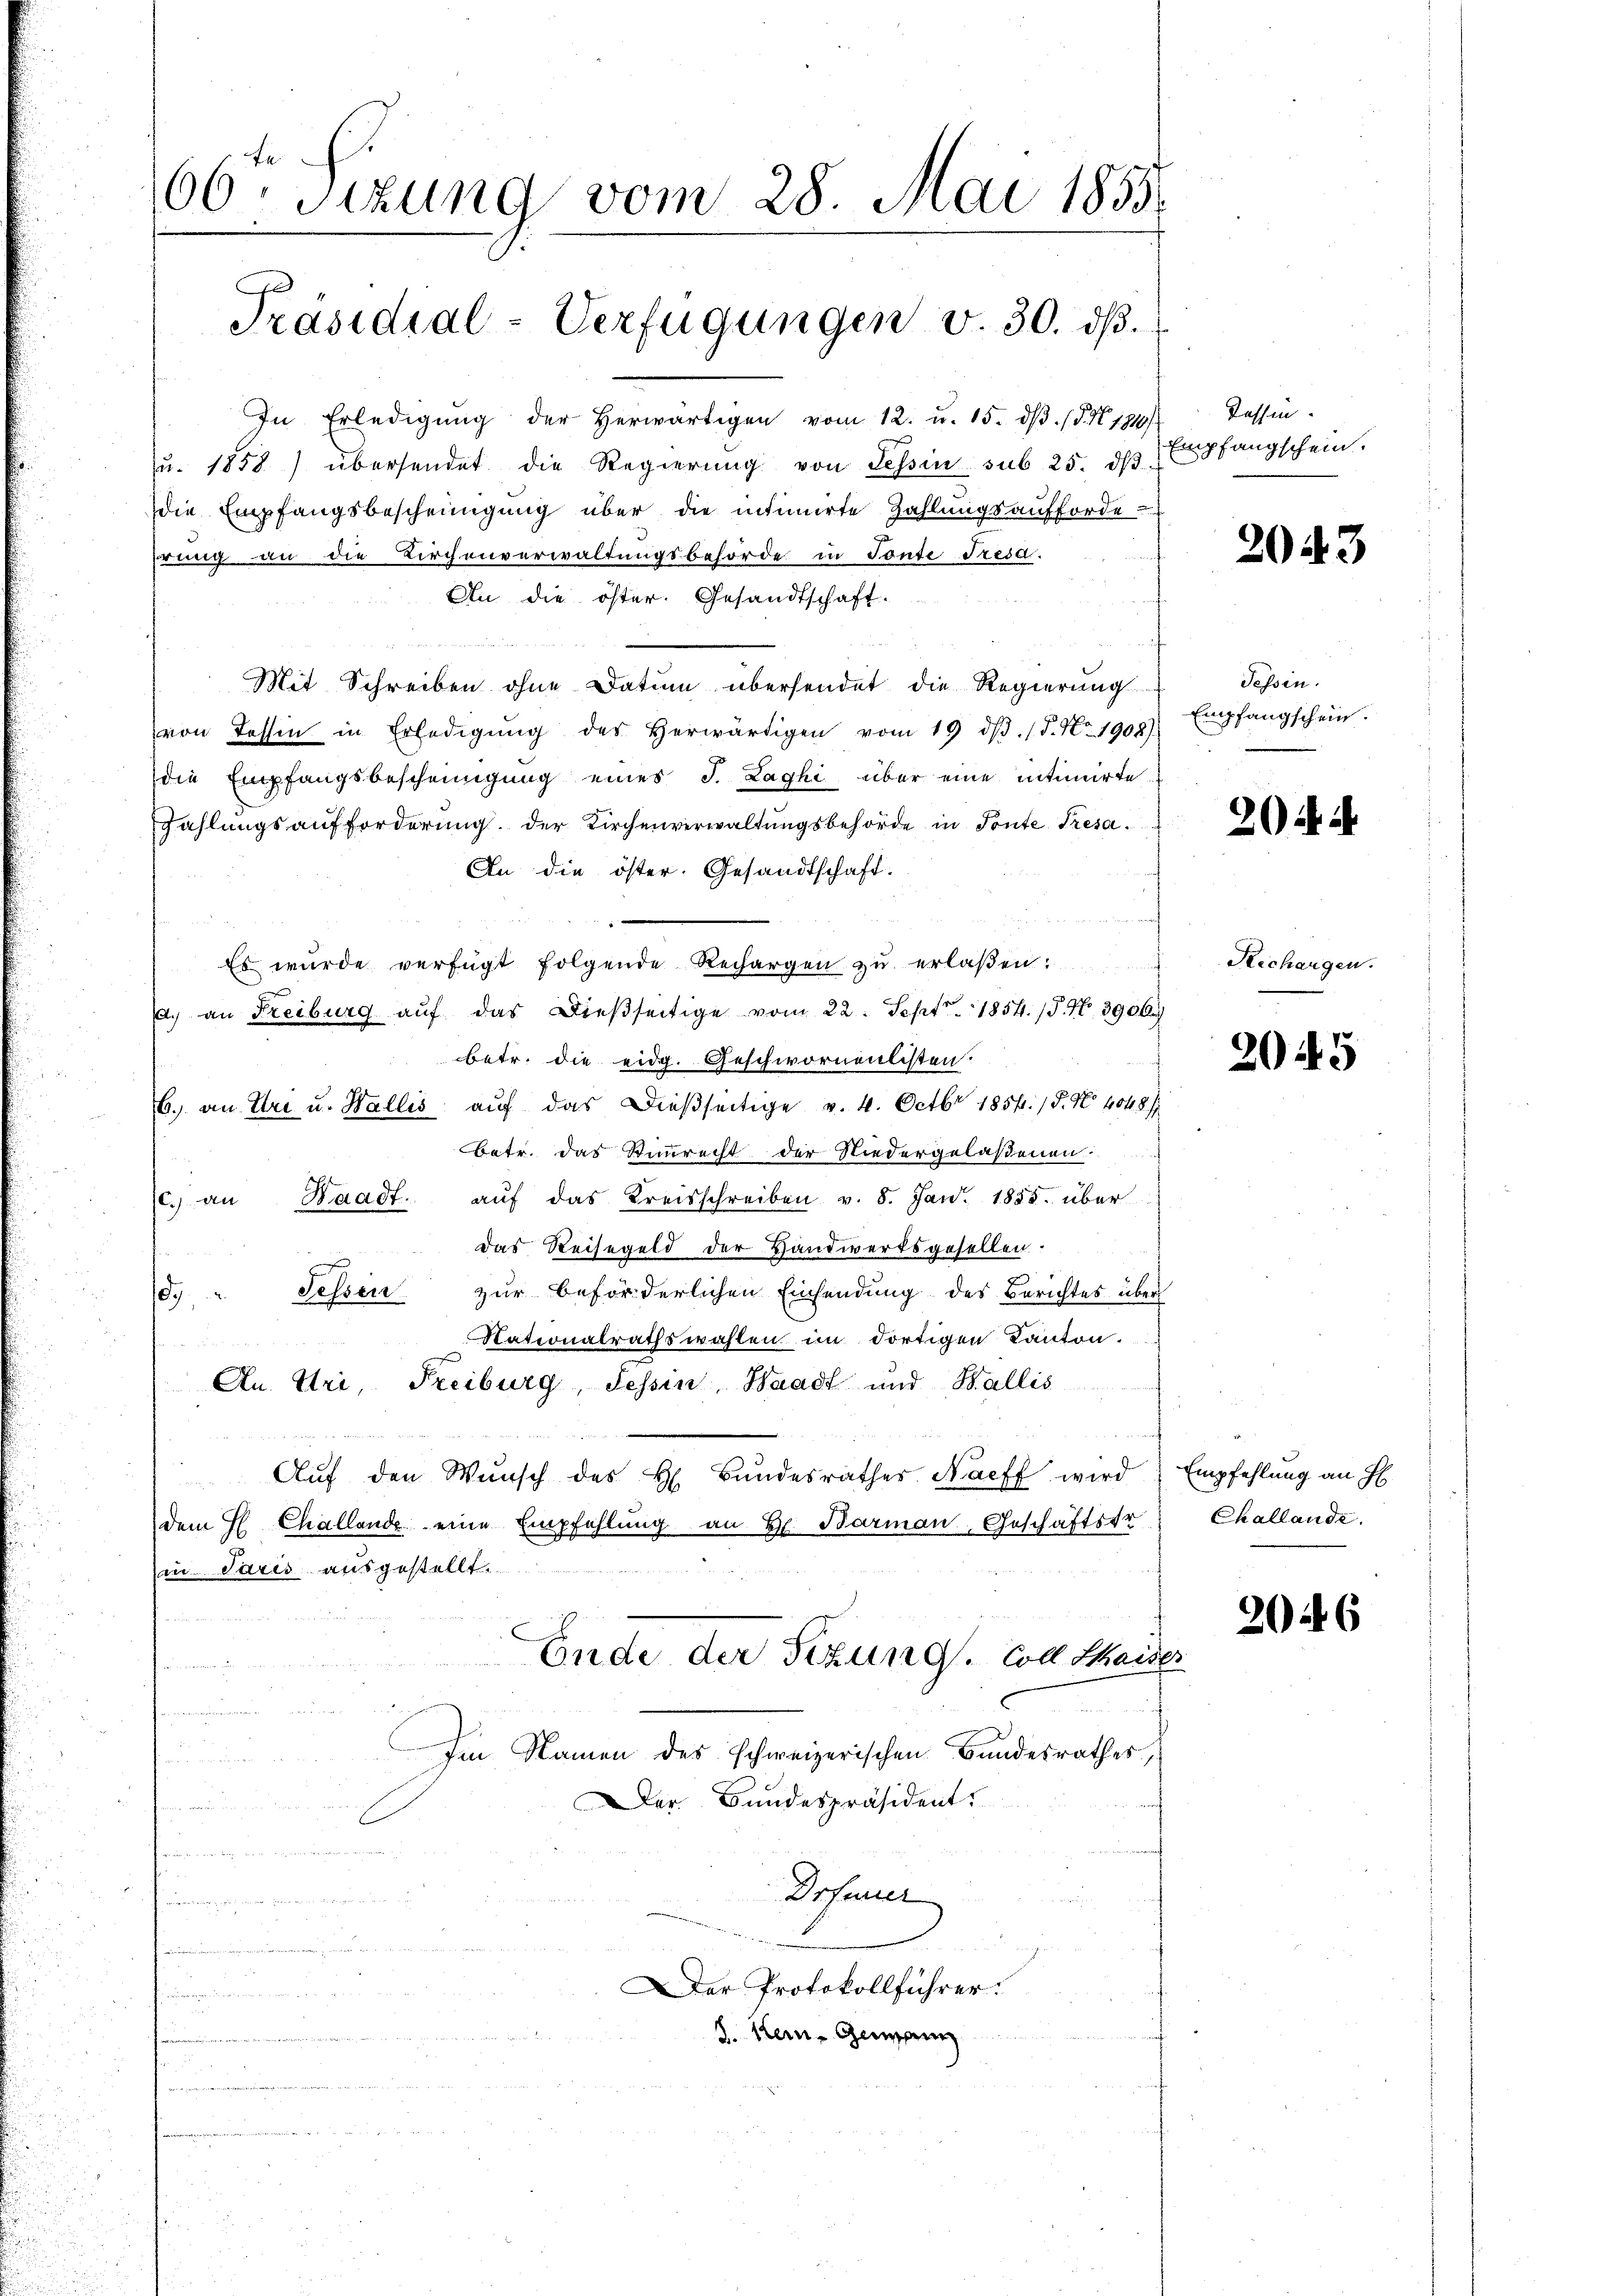
66. Sizung vom 28. Mai 1855.
Präsidial-Verfügungen v. 30. dβ.

In Erledigŭng der herwärtigen vom 12. u. 15. dβ. (§. 1810
u. 1858) übersendet die Regierŭng von Tessin sub 25. dβ.
die Empfangsbescheinigung über die intimirte Zahlungsaufforde-
erung an die Kirchenverwaltungsbehörde in Tonte Tresa.
An die öster. Gesandtschaft.
Mit Schreiben ohne Datum übersendet die Regierung
von Tessin in Erledigŭng des herwärtigen vom 19. dβ. / 5. No 1908).
die Empfangsbescheinigung eines J. Laghi über eine intimirte
Zahlungsaufforderŭng der Kirchenverwaltŭngsbehörde in Tonte Tresa¬
An die öster. Gesandtschaft.
3
Es wurde verfügt folgende Rechargen zu erlaßen
a.) an Freiburg aŭf das dießseitige vom 22. Sept. 1854. 15. N. 3906.
betr. die eidg. Geschwornenlisten.
6. an Uri u. Wallis aŭf das dießseitige v. 4. Octbr 1854. 18. No. 4048)
Betr. das Stimmrecht der Niedergelaßenen.
(c. an Waadt. aŭf das Kreisschreiben v. 8. Jan. 1885. über
das Reisegeld der Handwerksgesellen.
d. " Sessen zur beförderlichen Einsendung des Berichtes über
Nationalrathswahlen im dortigen Kanton.
konen
An Uri, Freiburg, Tessin, Waadt und Wallis
.
Aŭf den Wunsch des H. Bŭndesrathes Nacff wird
dem H Challende eine Empfehlung an H. Barman, Geschäftstr
in Paris ausgestellt.
Ende der Sitzung. Coll Mai
Im Namen des schweizerischen Bundesrathes,
Der Bundespräsident.
u

Drfeier
Der Protokollführer:
8. Kein Gemein

Tessin.
Empfangschein.

2043

Tessin.
Empfangschein.

¬
f

26.

Rechangen.

2045

Empfehlung an H
Challande.

2026